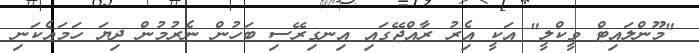
"މޫންލައިޓް ވީކްލީ" އަކީ އެިރު ރާއްޖޭގައި އިނގިރޭސި ބަހުން ނެރުމުން ދިޔަ ހަމައެކަނި